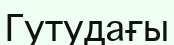
Гутудағы